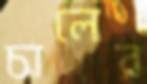
চালের